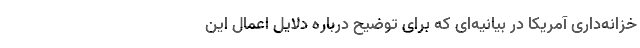
خزانه‌داری آمریکا در بیانیه‌ای که برای توضیح درباره دلایل اعمال این